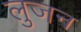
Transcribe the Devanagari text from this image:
लुजन